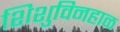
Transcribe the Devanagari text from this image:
शिशुविनहाळ